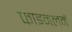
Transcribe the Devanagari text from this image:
फाइनलमें